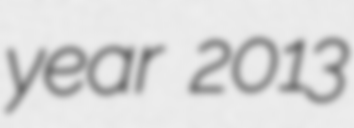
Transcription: year 2013